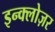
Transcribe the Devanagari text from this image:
इन्क्लोज़र